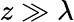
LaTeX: z\gg\lambda